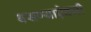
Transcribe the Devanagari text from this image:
बसण्याऐवजी